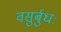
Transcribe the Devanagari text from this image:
वसुर्बुधः